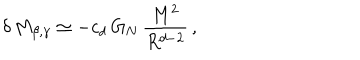
\delta \, M _ { \beta , \gamma } \simeq - c _ { d } \, G _ { N } \, \frac { M ^ { 2 } } { R ^ { d - 2 } } \, ,